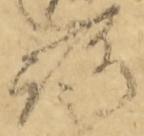
路